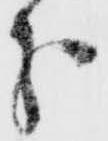
分